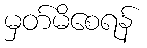
မှတ်မိစေရန်